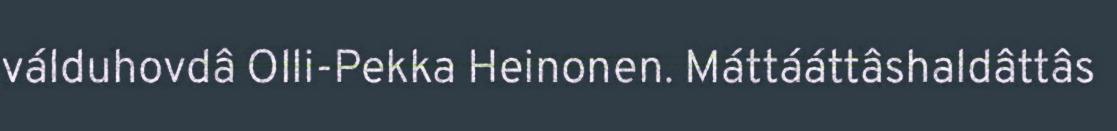
válduhovdâ Olli-Pekka Heinonen. Máttááttâshaldâttâs